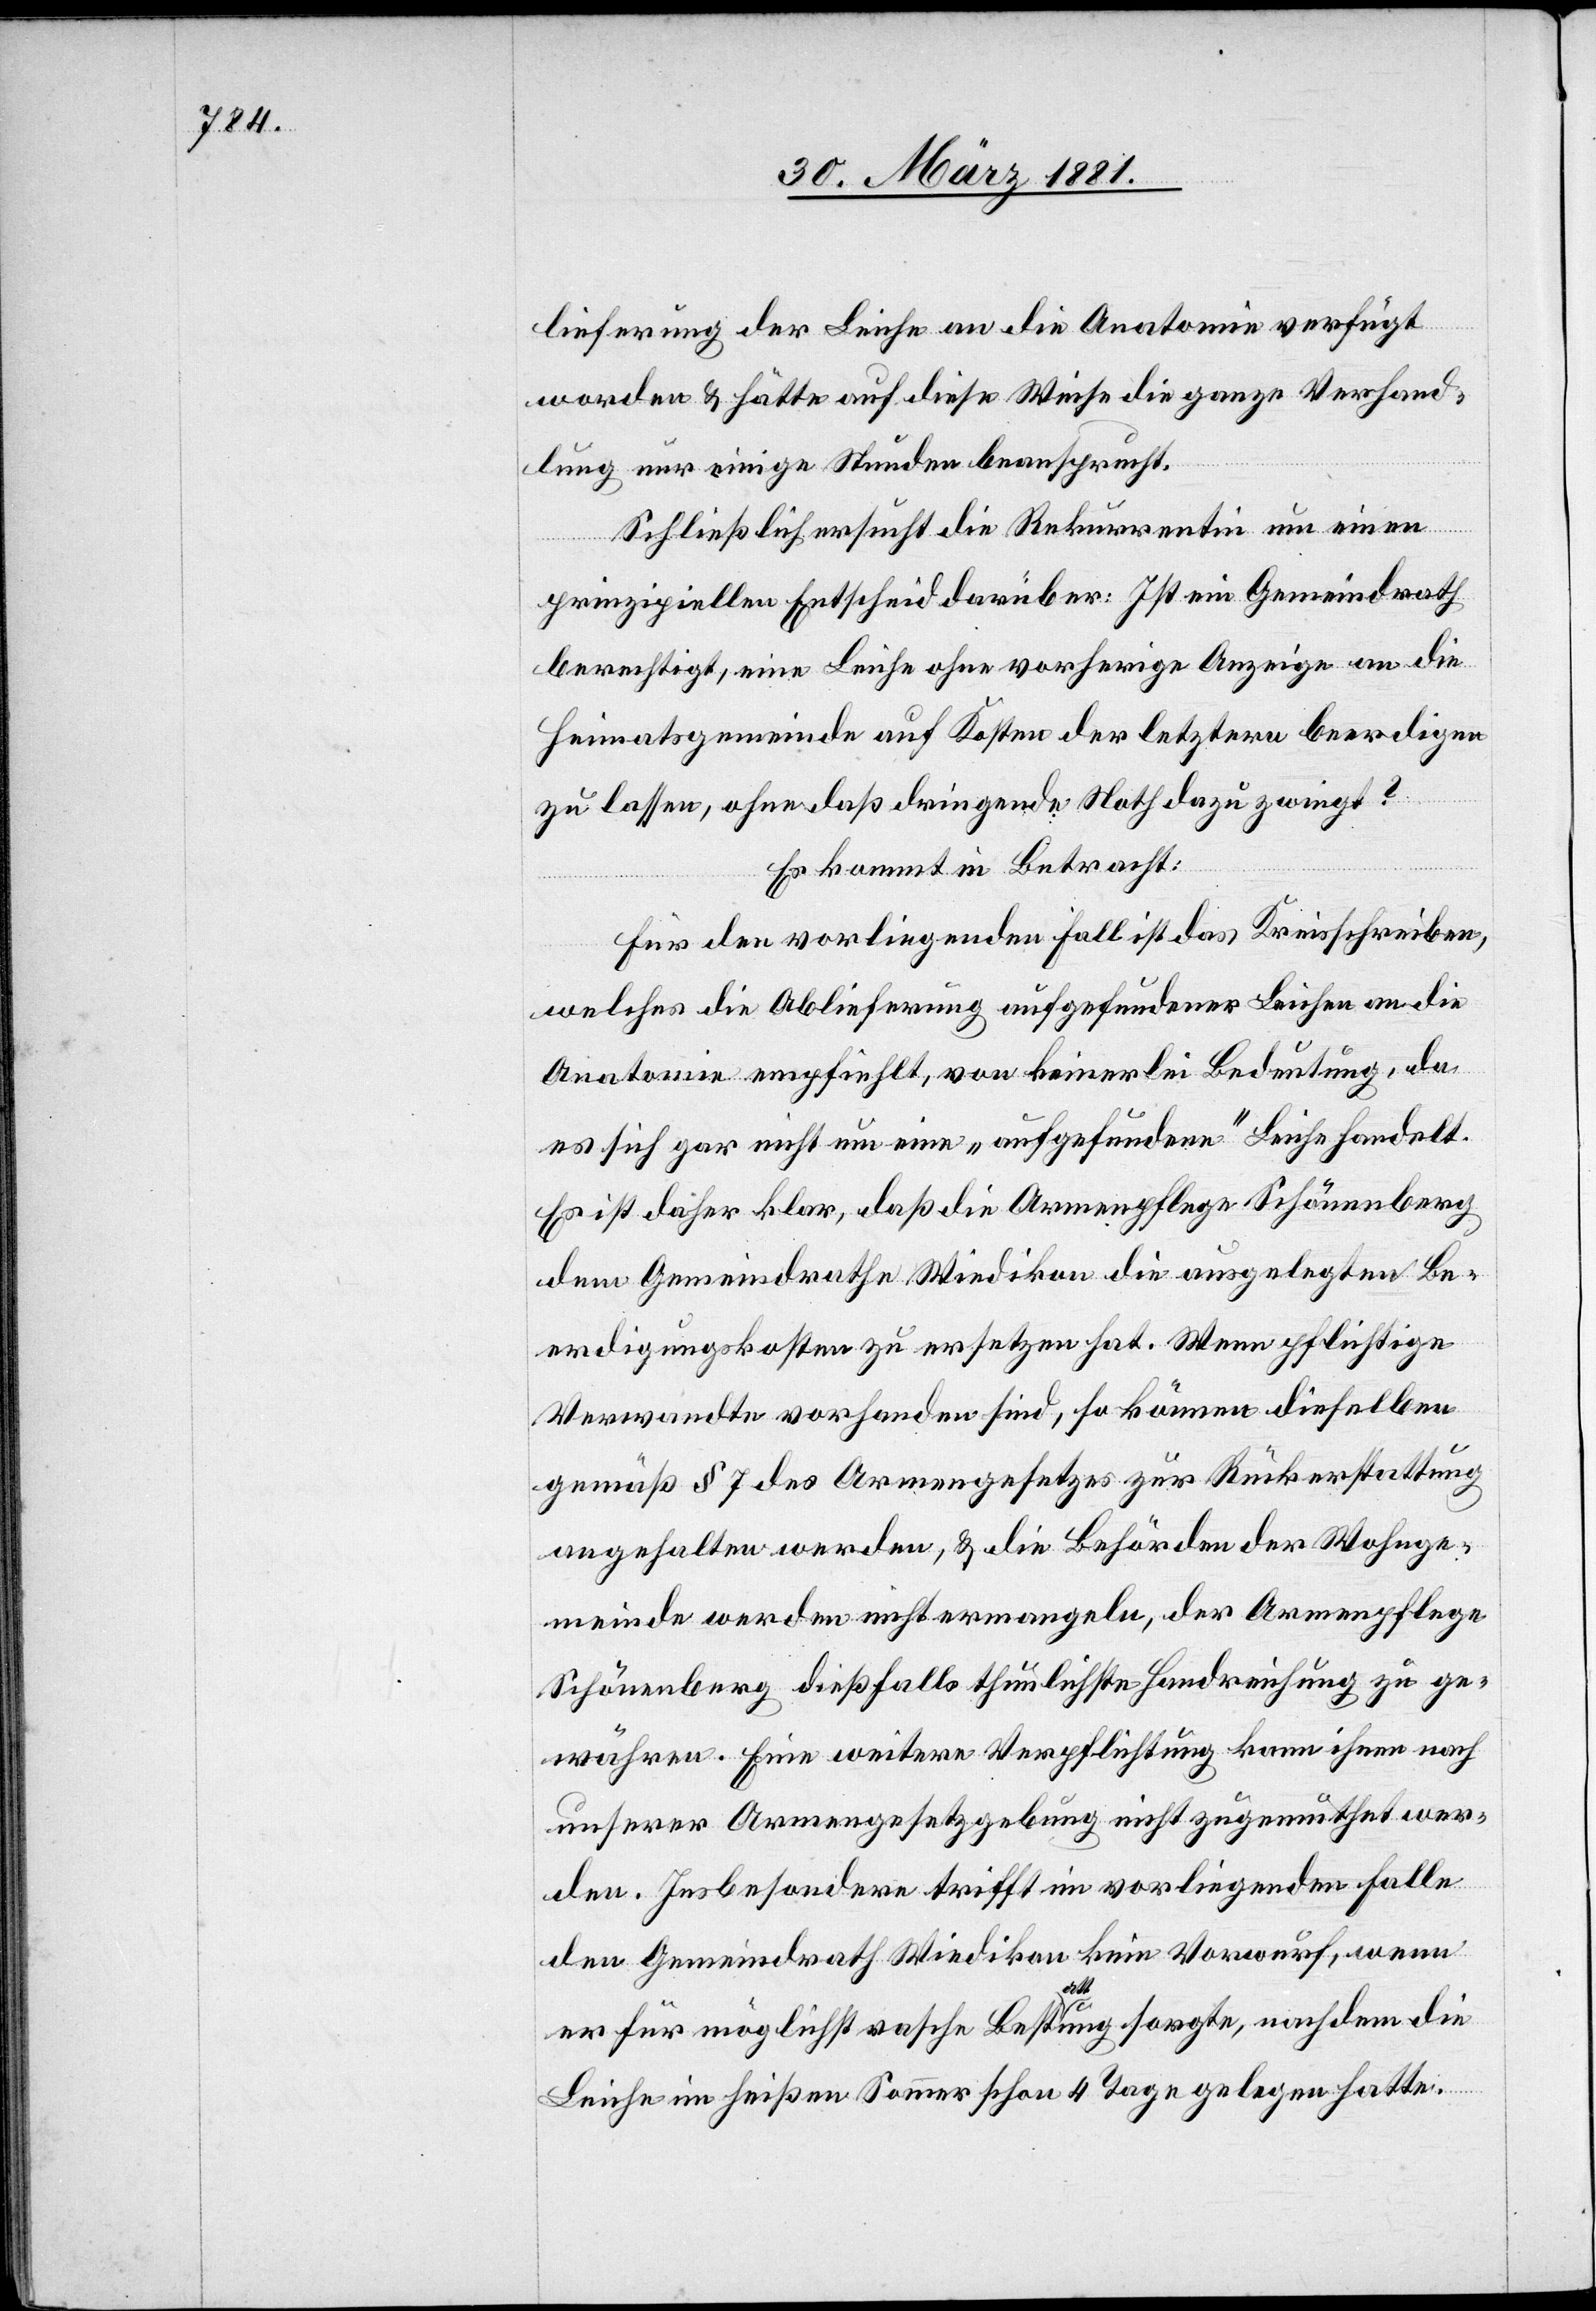
lieferung der Leiche an die Anatomie verfügt
worden & hätte auf diese Weise die ganze Verhand¬
lung nur einige Stunden beansprucht.
Schließlich ersucht die Rekurrentin um einen
prinzipiellen Entscheid darüber: Ist ein Gemeindrath
berechtigt, eine Leiche ohne vorherige Anzeige an die
Heimatgemeinde auf Kosten der letztern beerdigen
zu lassen, ohne daß dringende Noth dazu zwingt?
Es kommt in Betracht:
Für den vorliegenden Fall ist das Kreisschreiben,
welches die Ablieferung aufgefundener Leichen an die
Anatomie empfiehlt, von keinerlei Bedeutung, da
es sich gar nicht um eine „aufgefundene“ Leiche handelt.
Es ist daher klar, daß die Armenpflege Schönenberg
dem Gemeindrathe Wiedikon die ausgelegten Be¬
erdigungskosten zu ersetzen hat. Wenn pflichtige
Verwandte vorhanden sind, so können dieselben
gemäß § 7 des Armengesetzes zur Rückerstattung
angehalten werden, & die Behörden der Wohnge¬
meinde werden nicht ermangeln, der Armenpflege
Schönenberg dießfalls thunlichste Handreichung zu ge¬
währen. Eine weitere Verpflichtung kann ihnen nach
unserer Armengesetzgebung nicht zugemuthet wer¬
den. Insbesondere trifft im vorliegenden Falle
den Gemeindrath Wiedikon kein Vorwurf, wenn
er für möglichst rasche Bestattung sorgte, nach dem die
Leiche im heißen Sommer schon 4 Tage gelegen hatte.